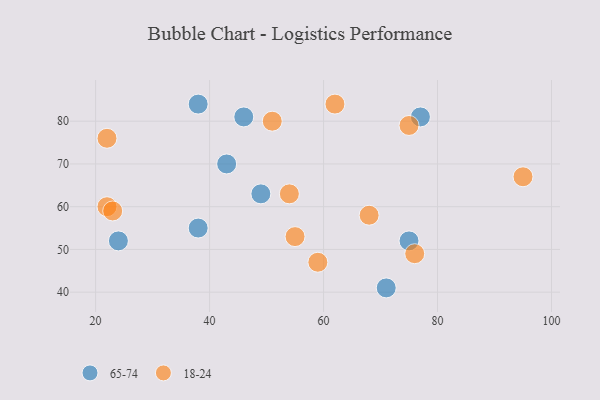
{"axis": {"x": "GDP", "y": "Life Expectancy"}, "legend": ["18-24", "65-74"], "data": [{"x": "46", "y": 81, "type": "65-74"}, {"x": "75", "y": 52, "type": "65-74"}, {"x": "49", "y": 63, "type": "65-74"}, {"x": "77", "y": 81, "type": "65-74"}, {"x": "71", "y": 41, "type": "65-74"}, {"x": "24", "y": 52, "type": "65-74"}, {"x": "38", "y": 84, "type": "65-74"}, {"x": "43", "y": 70, "type": "65-74"}, {"x": "38", "y": 55, "type": "65-74"}, {"x": "76", "y": 49, "type": "18-24"}, {"x": "51", "y": 80, "type": "18-24"}, {"x": "95", "y": 67, "type": "18-24"}, {"x": "75", "y": 79, "type": "18-24"}, {"x": "68", "y": 58, "type": "18-24"}, {"x": "55", "y": 53, "type": "18-24"}, {"x": "59", "y": 47, "type": "18-24"}, {"x": "62", "y": 84, "type": "18-24"}, {"x": "22", "y": 60, "type": "18-24"}, {"x": "54", "y": 63, "type": "18-24"}, {"x": "22", "y": 76, "type": "18-24"}, {"x": "23", "y": 59, "type": "18-24"}]}